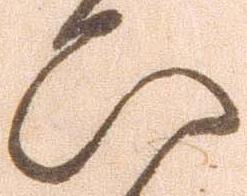
ひ